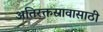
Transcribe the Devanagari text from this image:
अतिरक्तस्रावासाठी